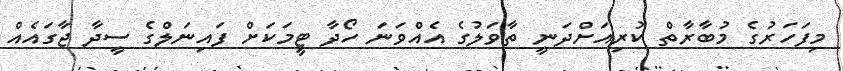
މިފަހަރުގެ މުބާރާތް ކުރިއަށްދަނީ ތާވަލުގެ އެއްވަނަ ހޯދާ ޓީމަކަށް ފައިނަލްގެ ސީދާ ޖާގައެއް